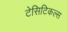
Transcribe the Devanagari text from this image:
टेसिटिकल्स